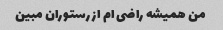
من همیشه راضی ام از رستوران مبین